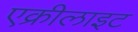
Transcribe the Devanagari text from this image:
एक्रीलाइट